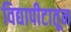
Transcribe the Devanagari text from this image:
विद्यापीटातून